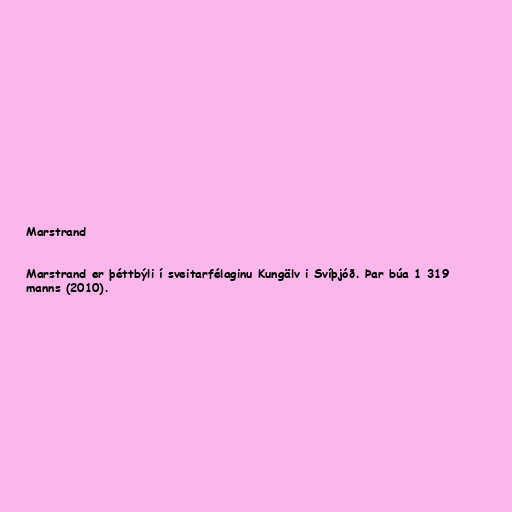
Marstrand

Marstrand er þéttbýli í sveitarfélaginu Kungälv i Svíþjóð. Þar búa 1 319
manns (2010).